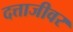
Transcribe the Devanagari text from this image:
दत्ताजीवर